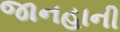
જાનહાની